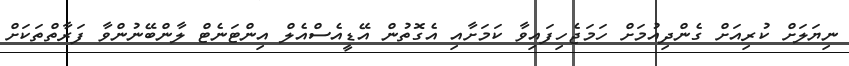
ނިޔަލަށް ކުރިއަށް ގެންދިއުމަށް ހަމަޖެހިފައިވާ ކަމަށާއި އެގޮތުން އޭޑީއެސްއެލް އިންޓަނެޓް ލާންބޭނުންވާ ފަރާތްތަކަށް